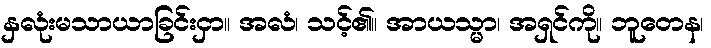
နှလုံးမသာယာခြင်းငှာ။ အလံ၊ သင့်၏။ အာယသ္မာ၊ အရှင်ကို။ ဘူတေန၊